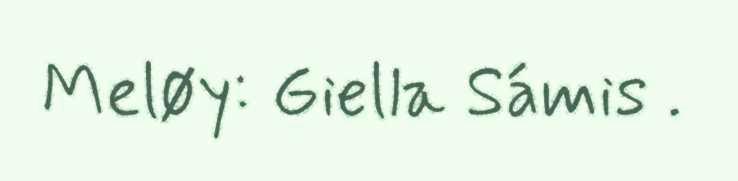
Meløy: Giella Sámis .